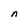
Character: n